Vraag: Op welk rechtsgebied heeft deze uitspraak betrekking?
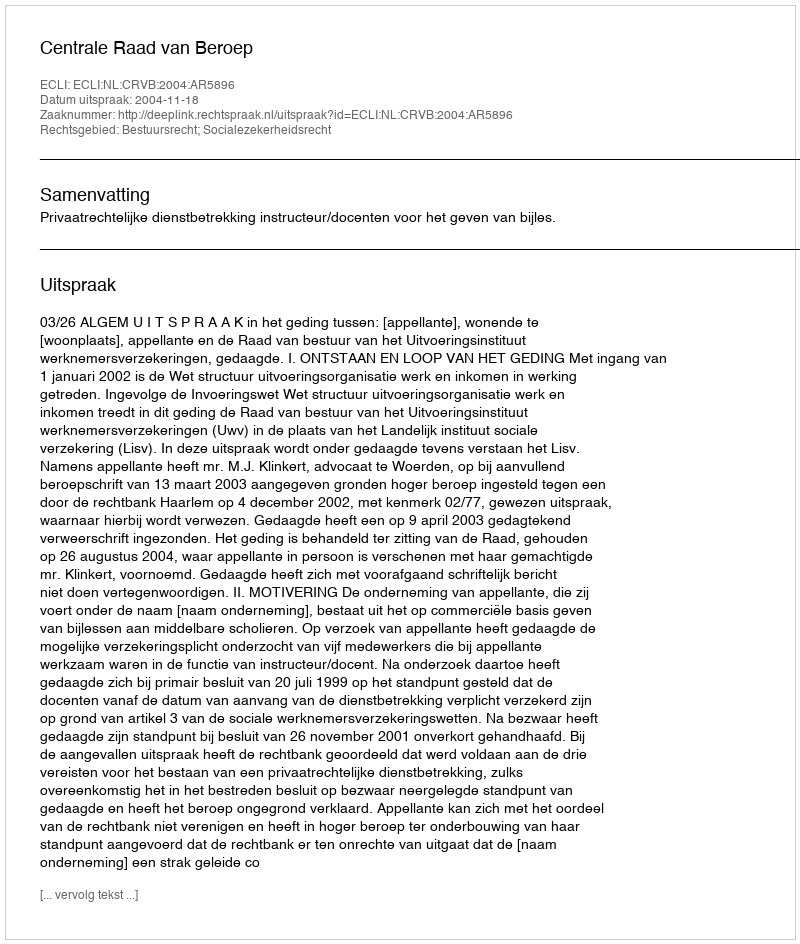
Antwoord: Bestuursrecht; Socialezekerheidsrecht